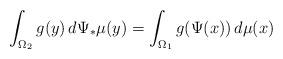
LaTeX: \begin{align*} \int_{\Omega_2} g(y) \,d\Psi_*\mu(y) = \int_{\Omega_1} g(\Psi(x)) \,d\mu(x)\end{align*}